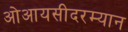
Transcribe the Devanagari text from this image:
ओआयसीदरम्यान